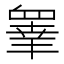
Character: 𭿓